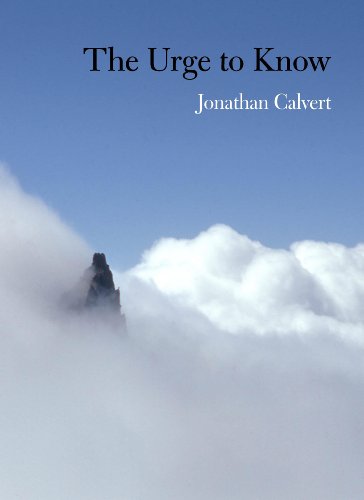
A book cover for The Urge to Know; Jonathan C. Calvert; Arts & Photography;